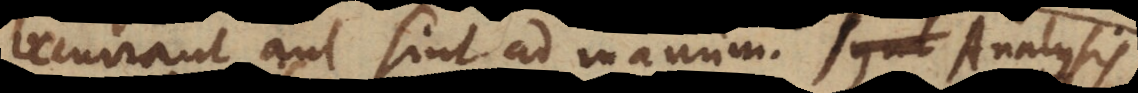
occurrant aut sint ad manum. Duplex